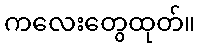
ကလေးတွေထုတ်။